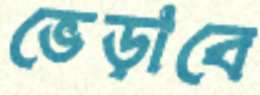
ভেড়াবে